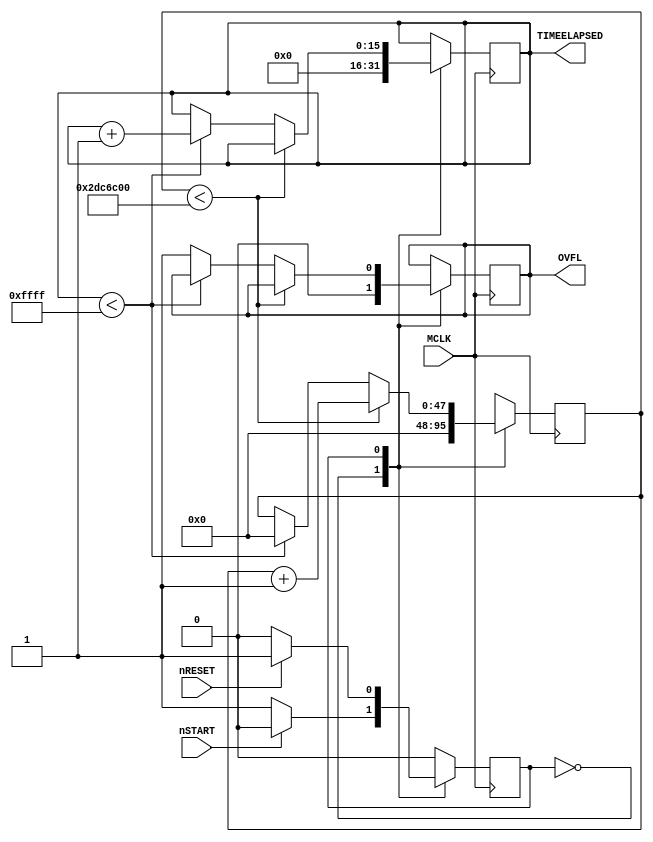
module TimeCounter
/*
    
*/

(
    //input clock
    input   wire            MCLK,

    //time(sec)
    output  reg     [15:0]  TIMEELAPSED, //16bit unsigned time

    //controlreset
    input   wire            nRESET, //reset
    input   wire            nSTART, //start
    output  reg             OVFL //overflow
);

localparam CLOCK = 48'd48000000;



/*
    STATE MACHINE
*/

localparam RESET = 1'b0;
localparam RUN = 1'b1;

reg             counter_state = RESET;

always @(posedge MCLK)
begin
    case(counter_state)
        RESET:
        begin
            if(nSTART == 1'b0)
            begin
                counter_state <= RUN;
            end
        end
        RUN:
        begin
            if(nRESET == 1'b0)
            begin
                counter_state <= RESET;
            end
        end
    endcase
end



/*
    COUNTER
*/

reg     [47:0]  clock_counter = 48'd0;

always @(posedge MCLK)
begin
    case(counter_state)
        RESET:
        begin
            TIMEELAPSED <= 16'd0;
            clock_counter <= 18'd0;
            OVFL <= 1'b0;
        end
        RUN:
        begin
            if(clock_counter < CLOCK)
            begin
                clock_counter <= clock_counter + 48'd1;
            end
            else
            begin
                if(TIMEELAPSED < 16'd65535)
                begin
                    TIMEELAPSED <= TIMEELAPSED + 16'd1;
                    clock_counter <= 48'd0;
                end
                else
                begin
                    TIMEELAPSED <= TIMEELAPSED;
                    clock_counter <= clock_counter;
                    OVFL <= 1'b1;
                end
            end
        end
    endcase
end

endmodule